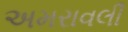
અમરાવલી